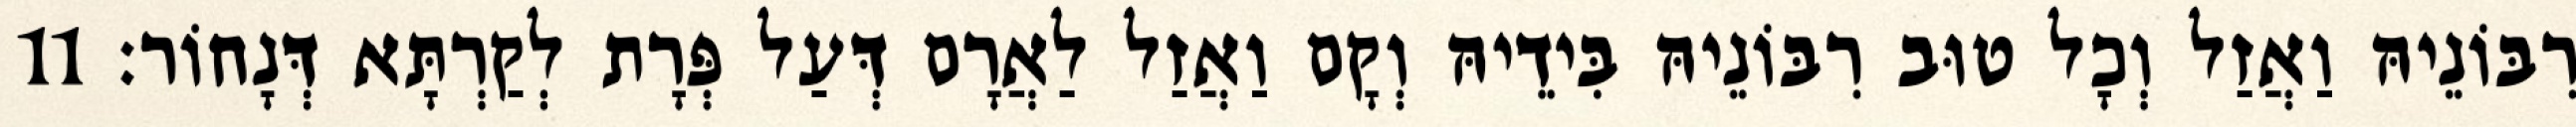
רִבּוֹנֵיהּ וַאֲזַל וְכָל טוּב רִבּוֹנֵיהּ בִּידֵיהּ וְקָם וַאֲזַל לַאֲרָם דְּעַל פְּרָת לְקַרְתָּא דְּנָחוֹר׃ 11